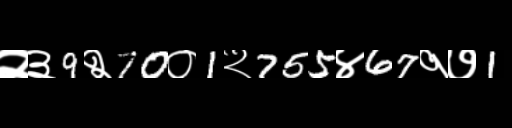
Text: २३9२70०1२755४67१७1